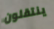
ينتقلون